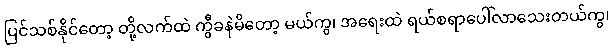
ပြင်သစ်နိုင်တော့ တို့လက်ထဲ ကွီခနဲမိတော့ မယ်ကွ၊ အရေးထဲ ရယ်စရာပေါ်လာသေးတယ်ကွ၊